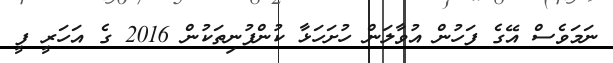
ނަމަވެސް އޭގެ ފަހުން އުވާލަން ހުށަހަޅާ ކުންފުނިތަކުން 2016 ގެ އަހަރީ ފީ